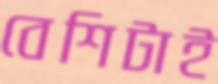
বেশিটাই